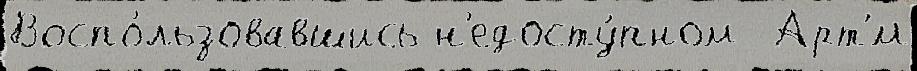
Воспо́льзовавшись н'едосту́пном  Арт'́м